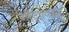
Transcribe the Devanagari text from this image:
गोट्फ्राइड